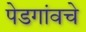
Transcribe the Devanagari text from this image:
पेडगांवचे